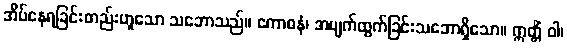
အိပ်နေရခြင်းတည်းဟူသော သဘောသည်။ ကောဓနံ၊ အမျက်ထွက်ခြင်းသဘောရှိသော။ ဣတ္တိံ ဝါ၊